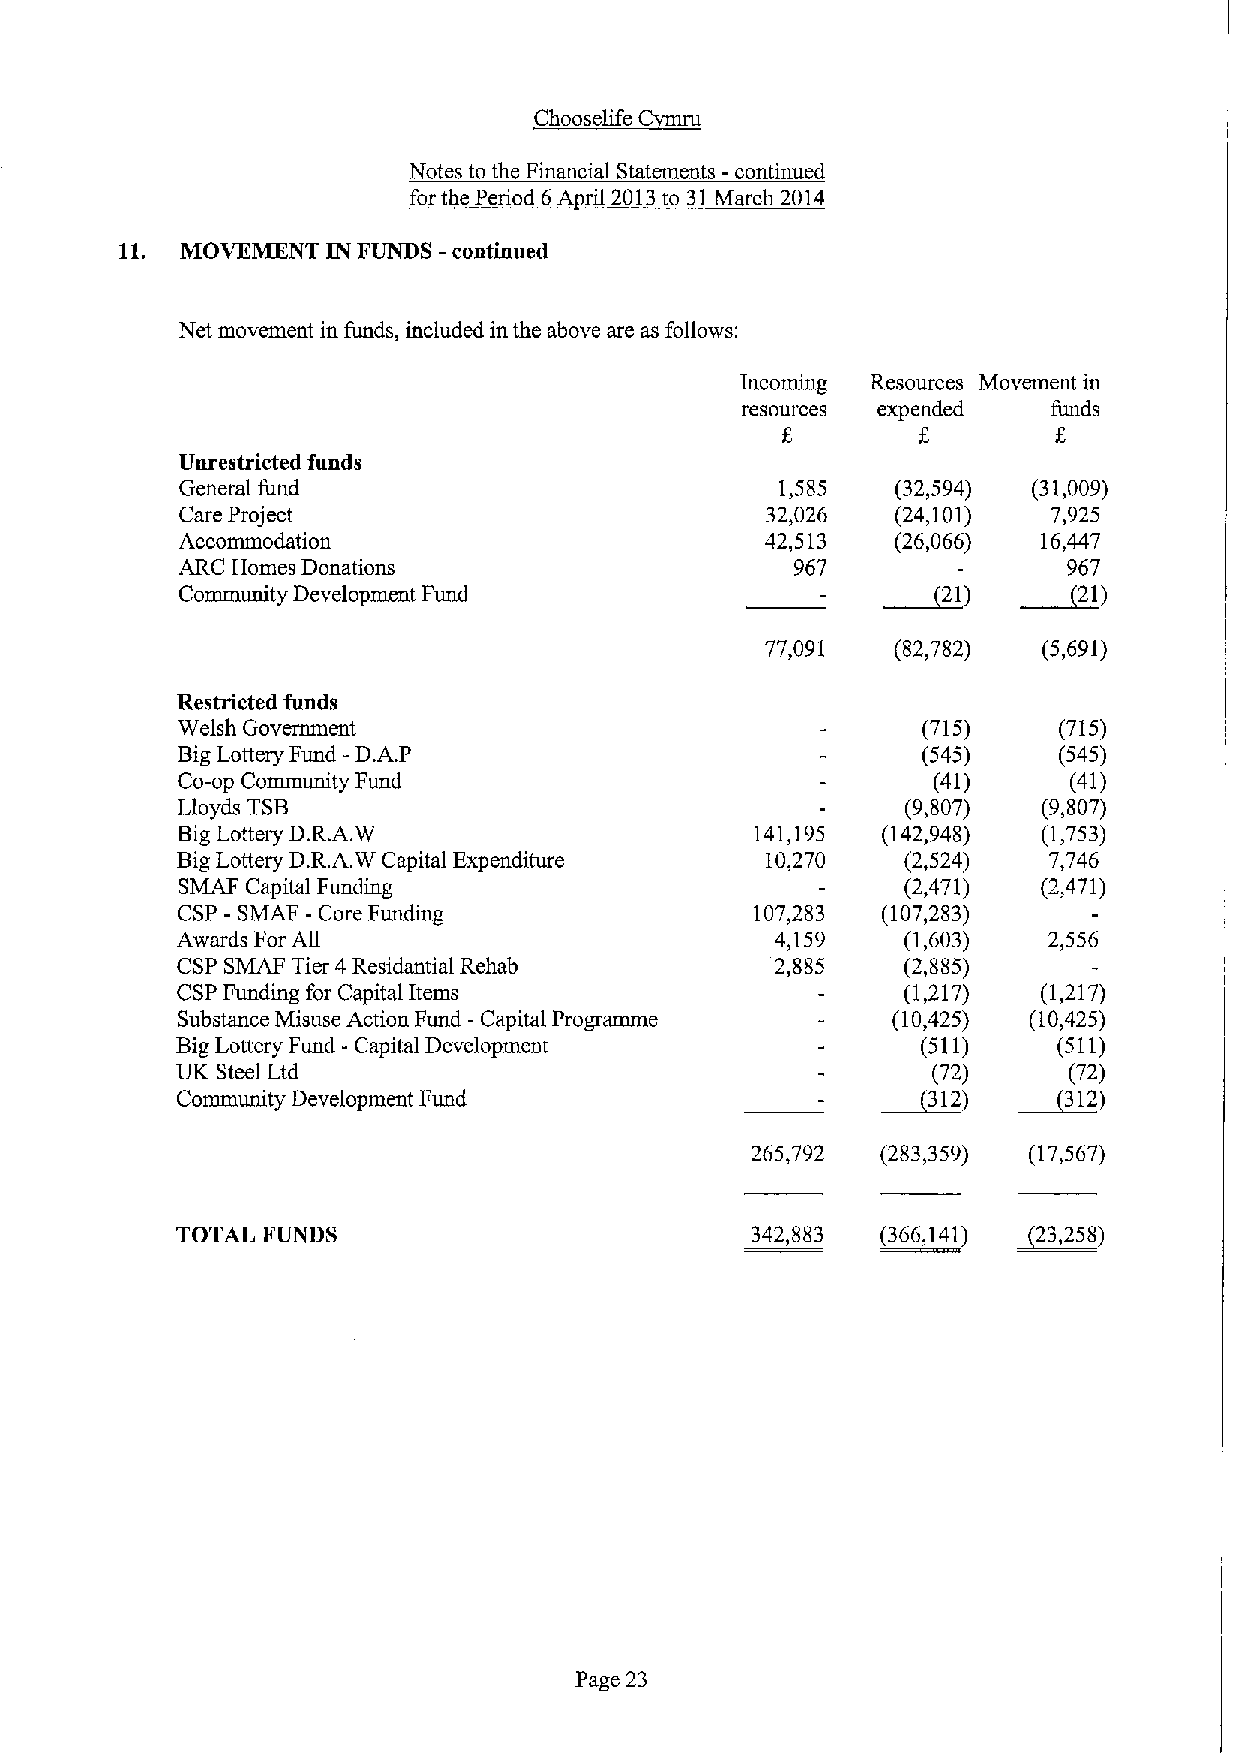
Notes to the Financial Statements -continued
 for the Period 6A ril 2013to 31March 2014
 11. MOVEMENT  IN FUNDS - continued
 Net movement in funds, included in the above are as follows:
 Incoming Resources Movement in
 resources expended   funds
 8
 Unrestricted funds
 General fund                            1,585  (32,594) (31,009)
 Care Project                           32,026  (24,101)   7,925
 Accommodation                          42,513  (26,066)  16,447
 ARC Homes Donations                      967               967
 ~21)      ~21)
 Community Development Fund
 77,091  (82,782)  (5,691)
 Restricted funds
 Welsh Govenunent                                 (715)    (715)
 BigLottery Fund -D.A.P                           (545)    (545)
 Co-op Community Fund                              (41)     (41)
 Lloyds TSB                                      (9,807)  (9,807)
 BigLottery D.R.A.W                    141,195 (142,948)  (1,753)
 BigLottery D.R.A.W Capital Expenditure 10,270   (2,524)  7,746
 SMAF Capital Funding                            (2,471)  (2,471)
 CSP - SMAF - Core Funding             107,283 (107,283)
 Awards For All                         4,159    (1,603)  2,556
 CSP SMAF Tier 4 Residantial Rehab      2,885    (2,885)
 CSPFunding for Capital Items                    (1,217)  (1,217)
 Substance Misuse Action Fund - Capital Programme (10,425) (10,425)
 BigLottery Fund - Capital Development            (511)    (511)
 UK Steel Ltd                                      (72)     (72)
 ~312)    ~312)
 Community Development Fund
 265,792 (283,359) (17,567)
 TOTAL FUNDS                           342,883 ~366,141) ~23,258)
 Page 23